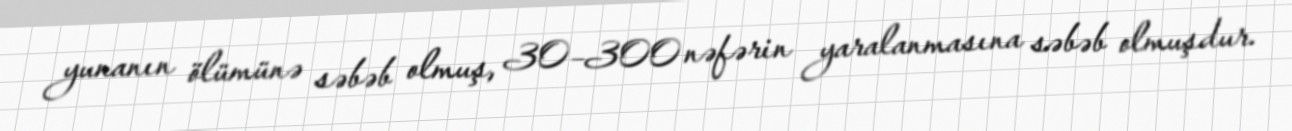
yunanın ölümünə səbəb olmuş, 30–300 nəfərin yaralanmasına səbəb olmuşdur.